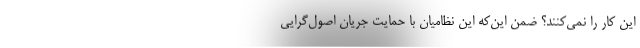
این کار را نمی‌کنند؟ ضمن این‌که این نظامیان با حمایت جریان اصول‌گرایی